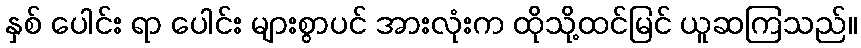
နှစ် ပေါင်း ရာ ပေါင်း များစွာပင် အားလုံးက ထိုသို့ထင်မြင် ယူဆကြသည်။